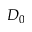
D _ { 0 }